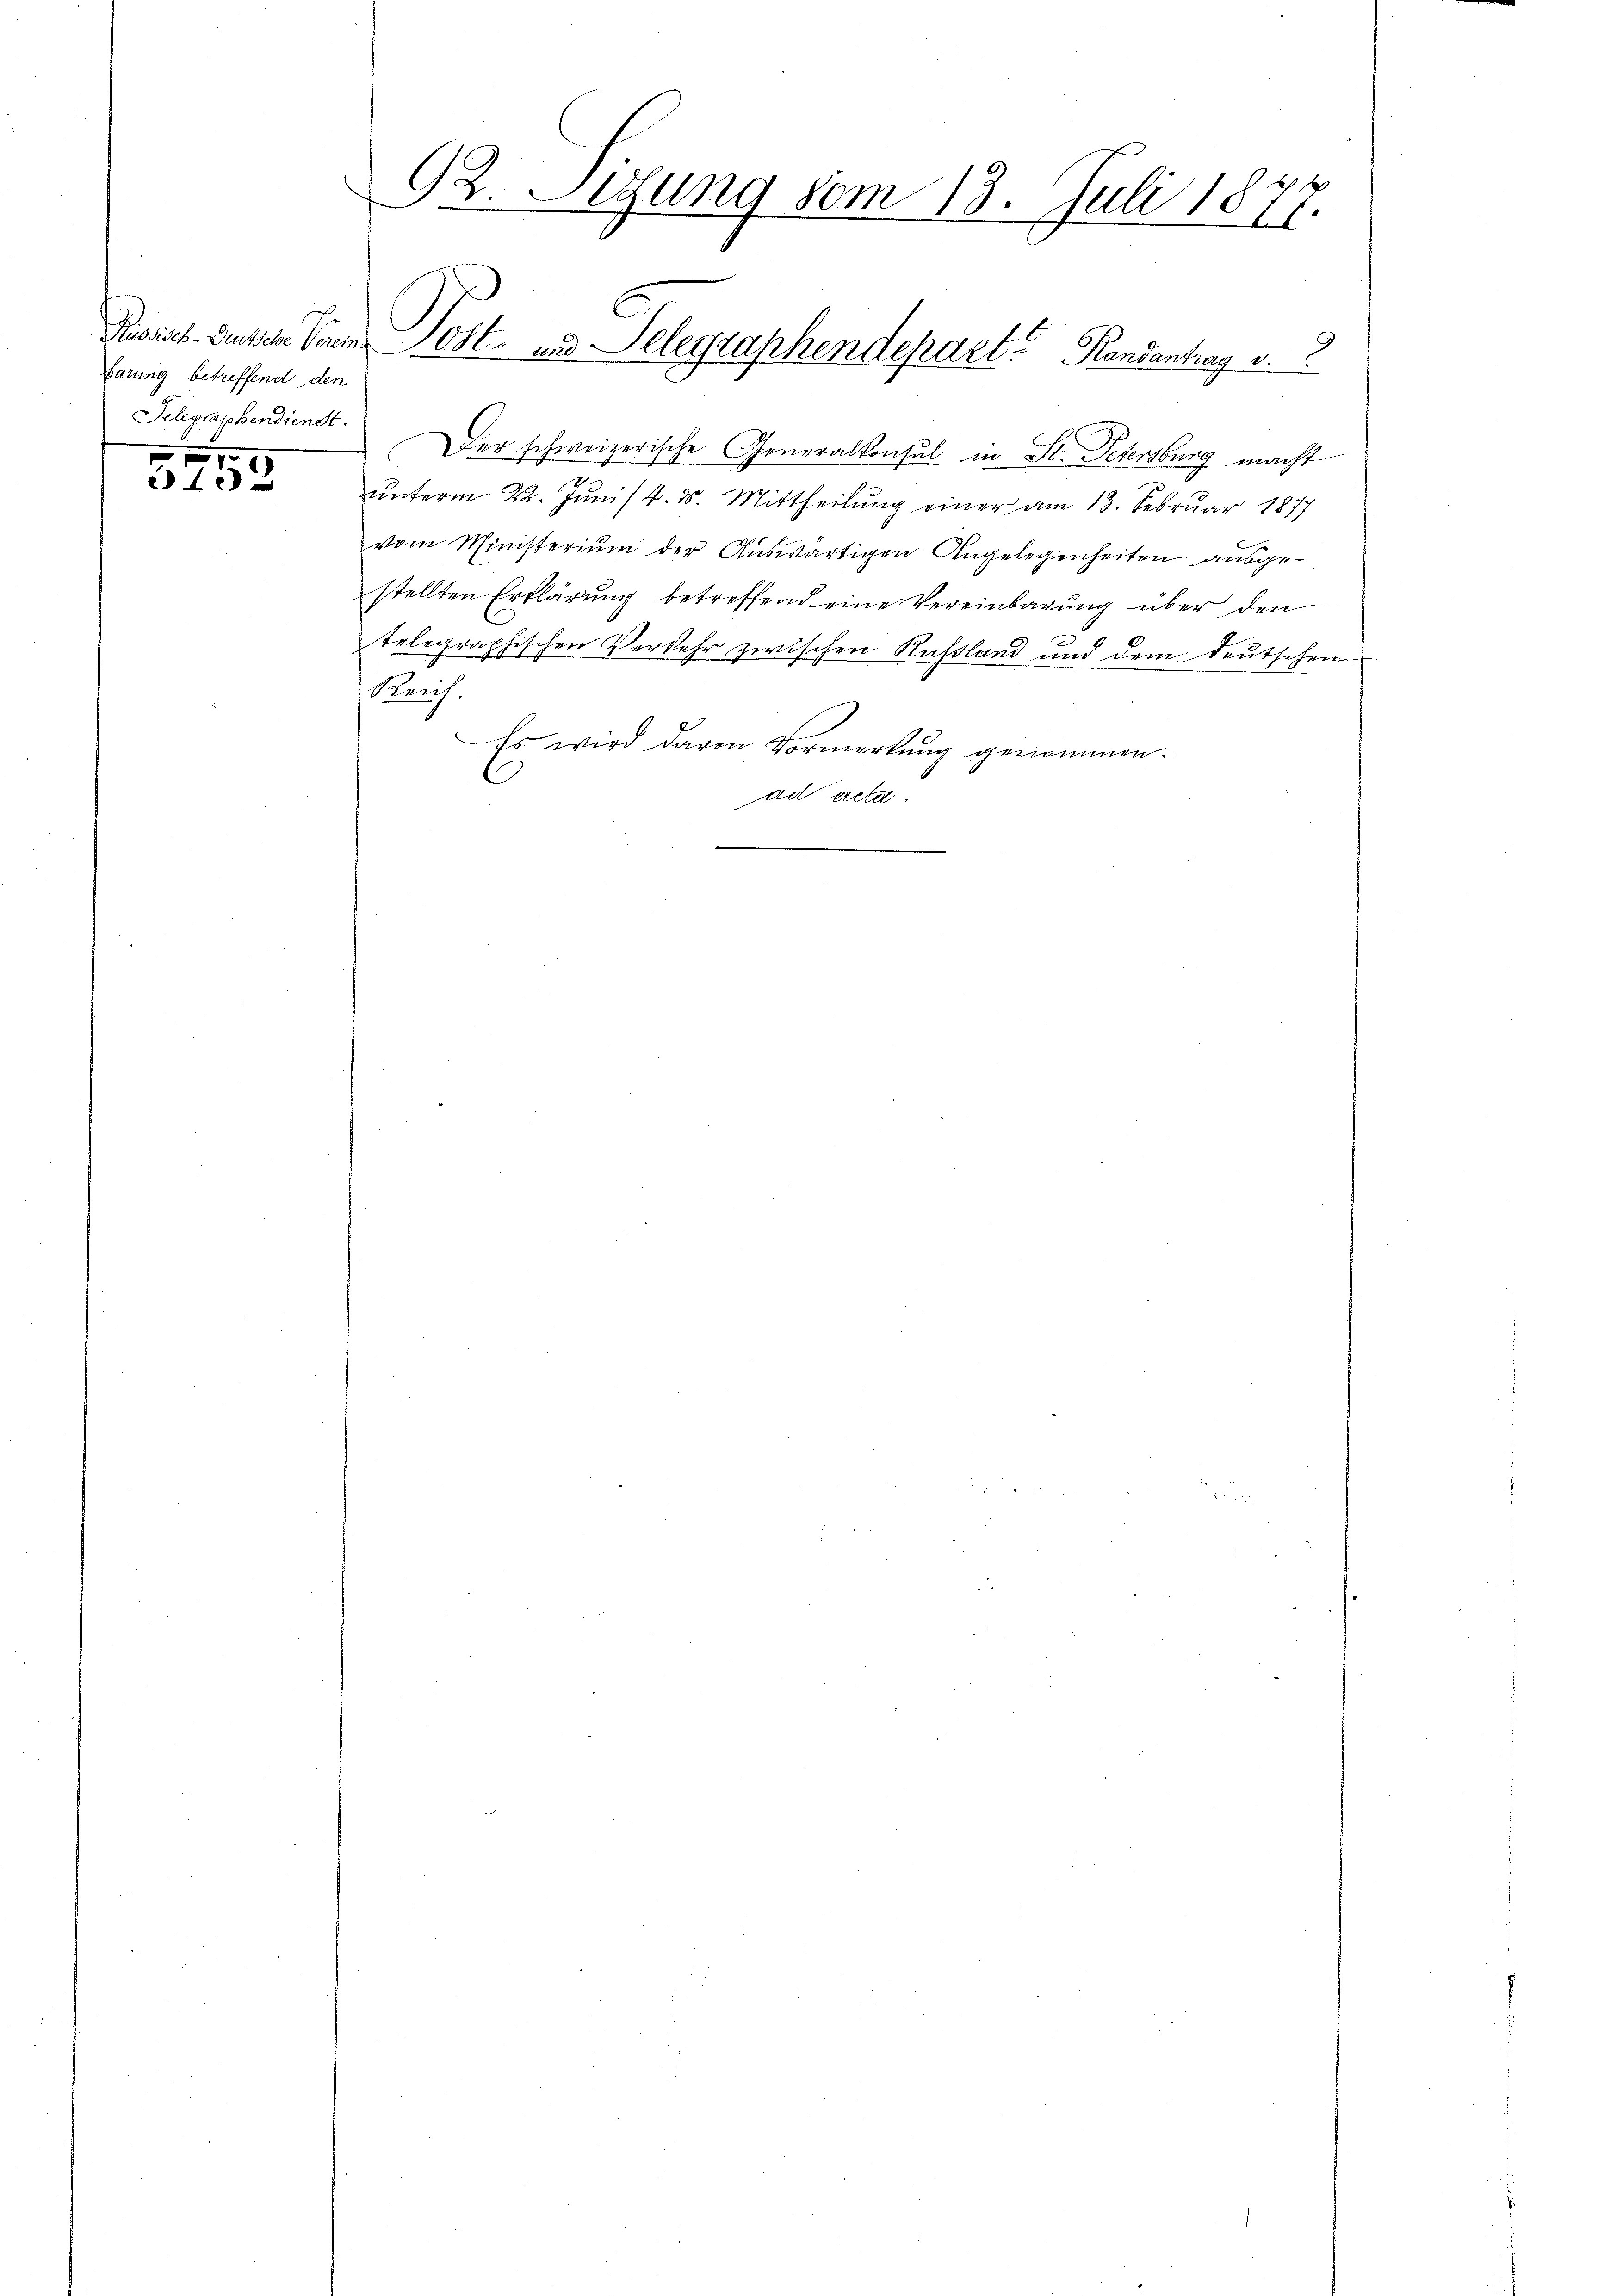
Barung betreffend den
Selgraphendienst.

1
4

92. Setzung vom 13. Juli 1877.
Risisch-deutsche Varie Post- und Telegraphendepart. Randantrag d.

Der schweizerische Generalkonsul in St. Petersburg macht
u
.
ŭnterm 22. Juni / 4. d. Mittheilung einer am 13. Februar 1877
vom Ministerium der Auswärtigen Angelegenheiten ausgestellten Erklärung betreffend eine Vereinbarung über den
telegraphischen Verkehr zwischen Russland und dem deutschen
lrich.
Es wird davon Vormerkung genommen.
ad acta.